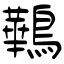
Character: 鷨